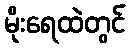
မိုးရေထဲတွင်